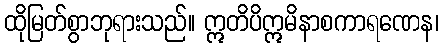
ထိုမြတ်စွာဘုရားသည်။ ဣတိပိဣမိနာစကာရဏေန၊